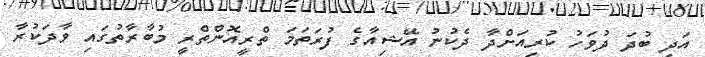
އަދި ބުދަ ދުވަހު ކުރިއަށްދާ ދެކުނު އޭޝިއާގެ ފުރަތަމަ ތްރީއޮންތްރީ މުބާރާތުގައި ވާދަކުރާ